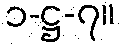
၁-ဋ္ဌ-၇။